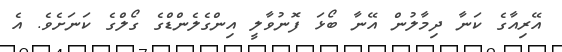
އޭރިއާގެ ކަނާ ދިމާލުން އޭނާ ބޯޅަ ފޮނުވާލީ އިންގެލެންޑްގެ ގޯލްގެ ކަނަށެވެ. އެ